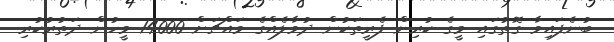
ބުނެފައިވާ ގޮތުގައި މީގެ ކުރިން ފެރީތަކުން ދުވާލެއްގެ މައްޗަށް 14000 މީހުން ދަތުރުކުރި